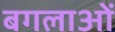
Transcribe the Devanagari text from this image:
बगलाओं